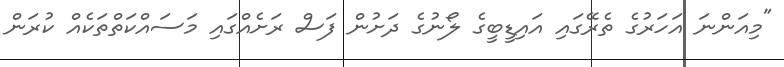
"މިއަންނަ އަހަރުގެ ތެރޭގައި އައިޑީބީގެ ލޯނުގެ ދަށުން ފަސް ރަށެއްގައި މަސައްކަތްތަކެއް ކުރަން